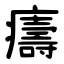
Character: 㿒